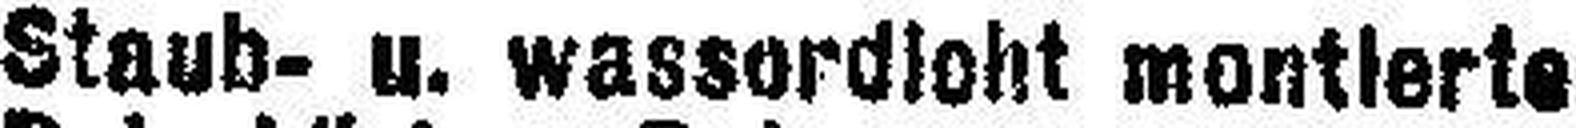
Staub- u. wasserdicht montierte